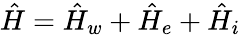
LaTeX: \hat{H}=\hat{H}_{w}+\hat{H}_{e}+\hat{H}_{i}